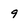
Character: 9